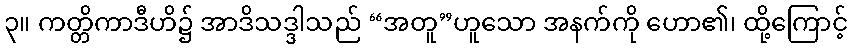
၃။ ကတ္တိကာဒီဟိ၌ အာဒိသဒ္ဒါသည် “အတူ”ဟူသော အနက်ကို ဟော၏၊ ထို့ကြောင့်